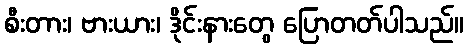
စီးတား၊ ဗားယား၊ ဒိုင်းနားတွေ ပြောတတ်ပါသည်။